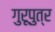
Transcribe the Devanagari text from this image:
गुरूपुत्र